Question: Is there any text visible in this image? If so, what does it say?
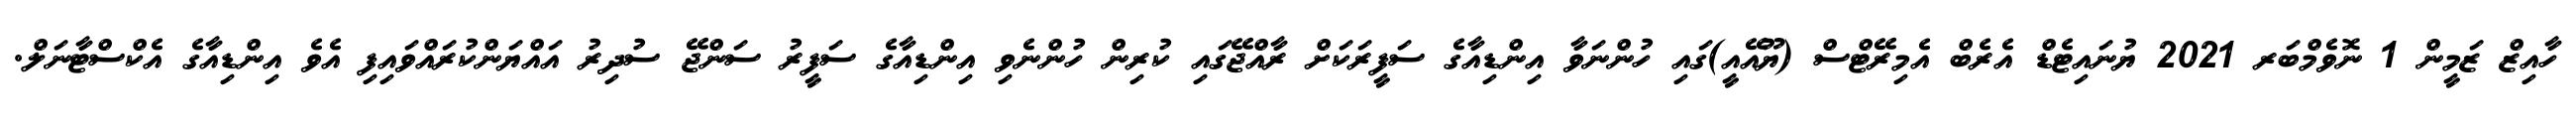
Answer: ހާއިޒް ޒަމީން 1 ނޮވެމްބަރ 2021 ޔުނައިޓެޑް އެރެބް އެމިރޭޓްސް (ޔޫއޭއީ)ގައި ހުންނަވާ އިންޑިއާގެ ސަފީރަކަށް ރާއްޖޭގައި ކުރިން ހުންނެވި އިންޑިއާގެ ސަފީރު ސަންޖޭ ސުދިރު އައްޔަންކުރައްވައިފި އެވެ އިންޑިއާގެ އެކްސްޓާނަލް.